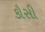
કૌસી